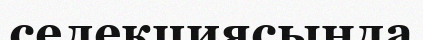
селекциясында